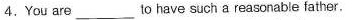
4.You are___to have such a reasonable father.